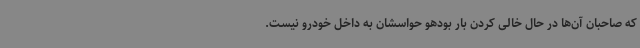
که صاحبان آن‌ها در حال خالی کردن بار بودهو حواسشان به داخل خودرو نیست.